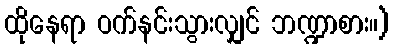
ထိုနေရာ ဝက်နင်းသွားလျှင် ဘဏ္ဍာစား။)